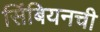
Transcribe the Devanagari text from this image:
सिंबियनची